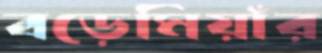
বড়েমিয়াঁর